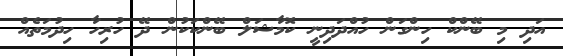
އަދި މި ބޭންކް ހިންގަން ހުއްދަދިނީ ކޮމާޝަލް ބޭންކަކުން ދޭ ހުރިހާ ހިދުމަތެއް